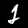
Digit: 2